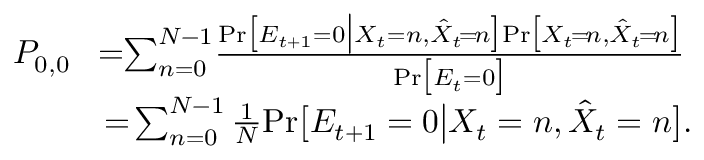
\begin{array} { r l } { P _ { 0 , 0 } } & { \! = \! \! \sum _ { n = 0 } ^ { N - 1 } \! \frac { \mathrm { P r } \big [ E _ { t + 1 } = 0 \big | X _ { t } = n , \hat { X } _ { t } \! = \! n \big ] \mathrm { P r } \big [ X _ { t } \! = \! n , \hat { X } _ { t } \! = \! n \big ] } { \mathrm { P r } \big [ E _ { t } = 0 \big ] } } \\ & { = \! \sum _ { n = 0 } ^ { N - 1 } \frac { 1 } { N } \mathrm { P r } \big [ E _ { t + 1 } = 0 \big | X _ { t } = n , \hat { X } _ { t } = n \big ] . } \end{array}